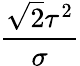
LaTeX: \frac{\sqrt{2}\tau^{2}}{\sigma}